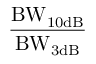
\mathrm { \frac { B W _ { 1 0 d B } } { B W _ { 3 d B } } }